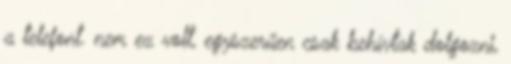
a telefont. nem ez volt, egyszerűen csak behívtak dolgozni,